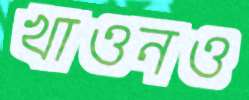
খাওনও